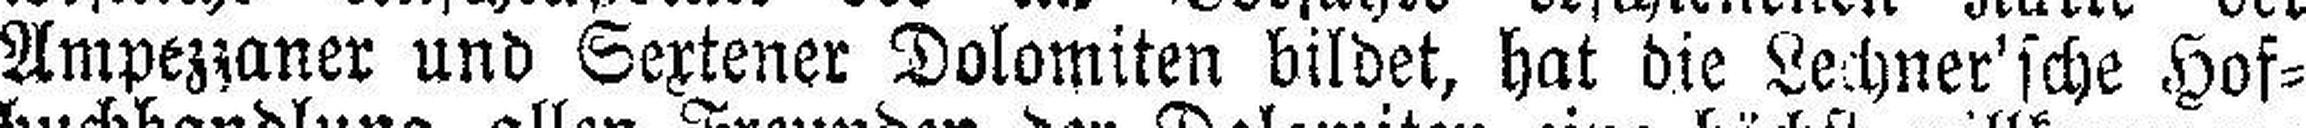
Ampezzaner und Sextener Dolomiten bildet, hat die Lechner'sche Hof¬